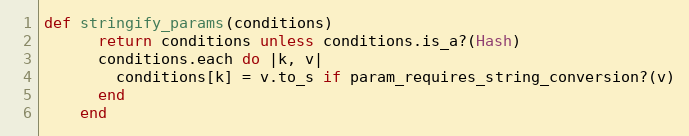
Language: Ruby
def stringify_params(conditions)
      return conditions unless conditions.is_a?(Hash)
      conditions.each do |k, v|
        conditions[k] = v.to_s if param_requires_string_conversion?(v)
      end
    end